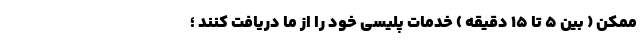
ممکن ( بین ۵ تا ۱۵ دقیقه ) خدمات پلیسی خود را از ما دریافت کنند ؛